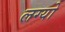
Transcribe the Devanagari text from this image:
लग्‍यो